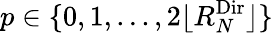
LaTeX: p\in\{ 0,1,...,2\lfloor{R_{N}^{\textnormal{Dir}}}\rfloor\}